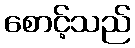
စောင့်သည်